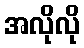
အလိုလို